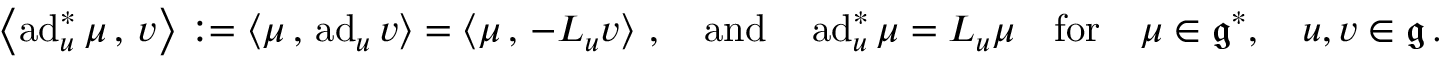
\begin{array} { r } { \left< \operatorname { a d } _ { u } ^ { * } \mu \, , \, v \right> : = \left< \mu \, , \, \operatorname { a d } _ { u } v \right> = \left< \mu \, , \, - { \cal L } _ { u } v \right> \, , \quad \mathrm { a n d } \quad \operatorname { a d } _ { u } ^ { * } \mu = { \cal L } _ { u } \mu \quad \mathrm { f o r } \quad \mu \in \mathfrak { g } ^ { * } , \quad u , v \in \mathfrak { g } \, . } \end{array}